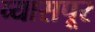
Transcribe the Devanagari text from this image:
व्यासपूर